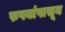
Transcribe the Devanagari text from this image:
रुपयांपासून